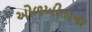
ઓળખીતાના